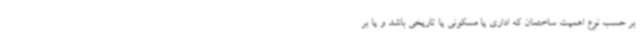
بر حسب نوع اهمیت ساختمان که اداری یا مسکونی یا تاریخی باشد و یا بر